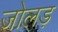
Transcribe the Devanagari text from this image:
जोलड़